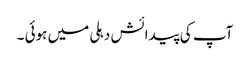
آپ کی پیدائش دہلی میں ہوئی ۔